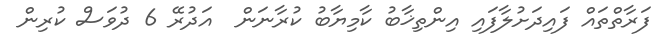
ފަރާތްތައް ފައިދަށުލާފައި އިންތިޚާބު ކާމިޔާބު ކުރާނަން  އަދުރޭ 6 ދުވަސް ކުރިން